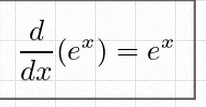
\frac{d}{dx}(e^x)=e^x